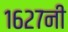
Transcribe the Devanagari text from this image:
१६२७नी